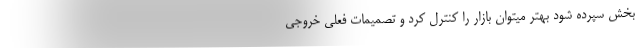
بخش سپرده شود بهتر میتوان بازار را کنترل کرد و تصمیمات فعلی خروجی